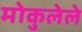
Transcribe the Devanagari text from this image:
मोकुलेले